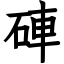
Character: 硨